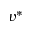
v ^ { * }